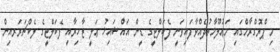
މި ޕްރޮގްރާމްގައި މަޢުލޫމާތުދެއްވާފައިވަނީ ފެކަލްޓީގެ ޑީން އައްޝައިޚު ޢަލީ ޒާހިރާއި ފެކަލްޓީގެ ލެކްޗަރަރއިން